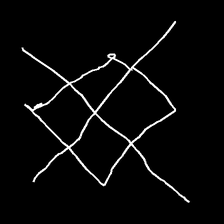
Glyph: crystal